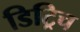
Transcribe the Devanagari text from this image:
डिट्रिच